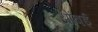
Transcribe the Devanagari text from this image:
ओंबई